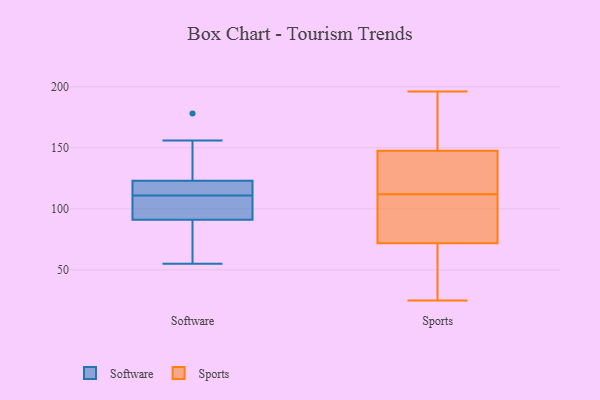
{"axis": {"x": "Tickets Resolved", "y": "Value"}, "legend": ["Software", "Sports"], "data": [{"x": "", "y": 122, "type": "Software"}, {"x": "", "y": 100, "type": "Software"}, {"x": "", "y": 55, "type": "Software"}, {"x": "", "y": 178, "type": "Software"}, {"x": "", "y": 107, "type": "Software"}, {"x": "", "y": 97, "type": "Software"}, {"x": "", "y": 124, "type": "Software"}, {"x": "", "y": 85, "type": "Software"}, {"x": "", "y": 119, "type": "Software"}, {"x": "", "y": 115, "type": "Software"}, {"x": "", "y": 81, "type": "Software"}, {"x": "", "y": 156, "type": "Software"}, {"x": "", "y": 69, "type": "Sports"}, {"x": "", "y": 150, "type": "Sports"}, {"x": "", "y": 120, "type": "Sports"}, {"x": "", "y": 92, "type": "Sports"}, {"x": "", "y": 80, "type": "Sports"}, {"x": "", "y": 25, "type": "Sports"}, {"x": "", "y": 112, "type": "Sports"}, {"x": "", "y": 45, "type": "Sports"}, {"x": "", "y": 193, "type": "Sports"}, {"x": "", "y": 140, "type": "Sports"}, {"x": "", "y": 196, "type": "Sports"}]}